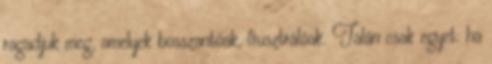
ragadjuk meg, amelyek bosszantóak, frusztrálóak. Talán csak egyet: ha